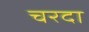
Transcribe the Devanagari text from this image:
चरदा